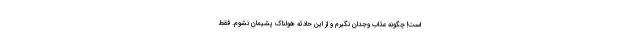
است! چگونه عذاب وجدان نگیرم و از این حادثه هولناک پشیمان نشوم. فقط